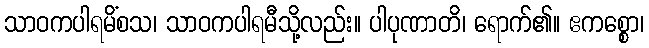
သာဝကပါရမိံစသ၊ သာဝကပါရမီသို့လည်း။ ပါပုဏာတိ၊ ရောက်၏။ ဧကစ္စော၊